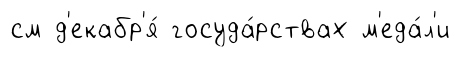
см д'екабр'я́ госуда́рствах м'еда́л'и